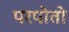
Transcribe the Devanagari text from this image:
परपोतो